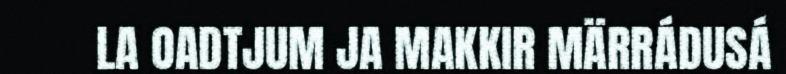
LA OADTJUM JA MAKKIR MÄRRÁDUSÁ